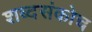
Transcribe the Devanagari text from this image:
शब्दसंकोच